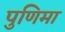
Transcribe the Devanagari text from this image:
पुणिमा